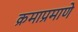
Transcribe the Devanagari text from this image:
क्रमाप्रमाणे